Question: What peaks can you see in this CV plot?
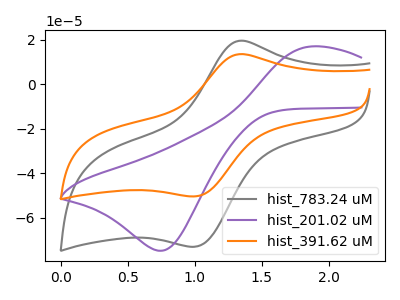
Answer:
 <answer>The gray curve "hist_783.24 uM" has an anodic peak at (1.30V, 19.30uA) and a cathodic peak at (1.00V, -73.05uA). The purple curve "hist_201.02 uM" has an anodic peak at (1.90V, 16.95uA) and a cathodic peak at (0.75V, -74.85uA). The orange curve "hist_391.62 uM" has an anodic peak at (1.30V, 13.30uA) and a cathodic peak at (1.00V, -50.45uA).</answer>
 <eval></eval>